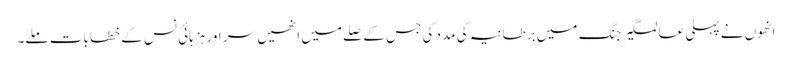
انھوں نے پہلی عالمگیر جنگ میں برطانیہ کی مدد کی جس کے صلے میں انھیں سر اور ہزہائی نس کے خطابات ملے۔